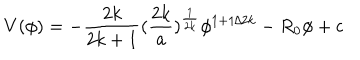
V ( \phi ) = - { \frac { 2 k } { 2 k + 1 } } ( { \frac { 2 k } { a } } ) ^ { \frac { 1 } { 2 k } } \phi ^ { 1 + 1 / 2 k } - R _ { 0 } \phi + c